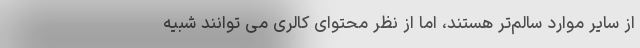
از سایر موارد سالم‌تر هستند، اما از نظر محتوای کالری می توانند شبیه